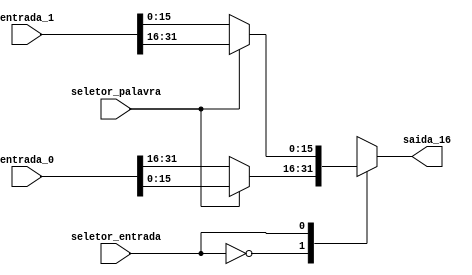
module Separador (seletor_palavra, seletor_entrada, entrada_0, entrada_1, saida_16);
input seletor_palavra, seletor_entrada;
input [31:0] entrada_0, entrada_1;
output reg [15:0] saida_16;

always @ (*)
begin
   case (seletor_entrada)
      0: if (seletor_palavra == 0) 
            saida_16 = entrada_0[31:16];
         else saida_16 = entrada_0[15:0];
      1: if (seletor_palavra == 1) 
            saida_16 = entrada_1[31:16];
         else saida_16 = entrada_1[15:0];
   endcase
end

endmodule